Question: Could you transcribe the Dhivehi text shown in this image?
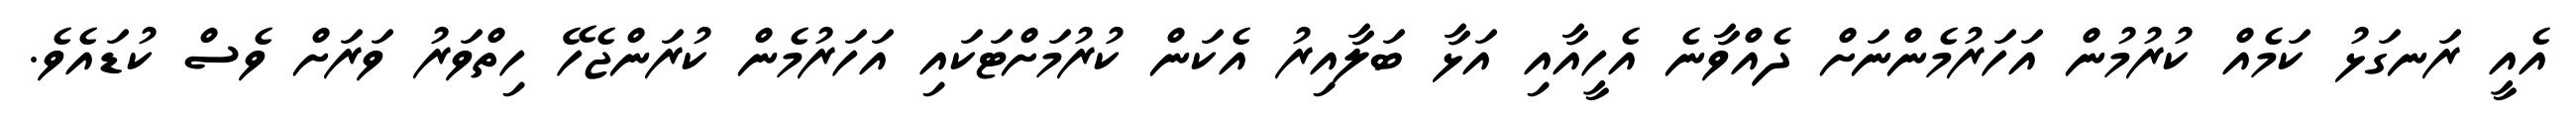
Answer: އެއީ ރަނގަޅު ކަމެއް ކުރުމުން އަހަރުމެންނަށް ދެއްވާނެ އެހީއާއި އަޅާ ބަލާއިރު އެކަން ކުރުމަށްޓަކައި އަހަރުމެން ކުރަންޖެހޭ ހިތްވަރު ވަރަށް ވެސް ކުޑައެވެ.